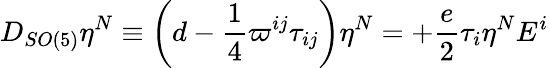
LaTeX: D_{SO(5)}\eta^{N}\equiv\left(d-\frac{1}{4}\varpi^{ij}\tau_{ij}\right)\eta^{N}=+\frac{e}{2}\tau_{i}\eta^{N}E^{i}